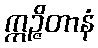
ဣဉ္ဇိတာနံ